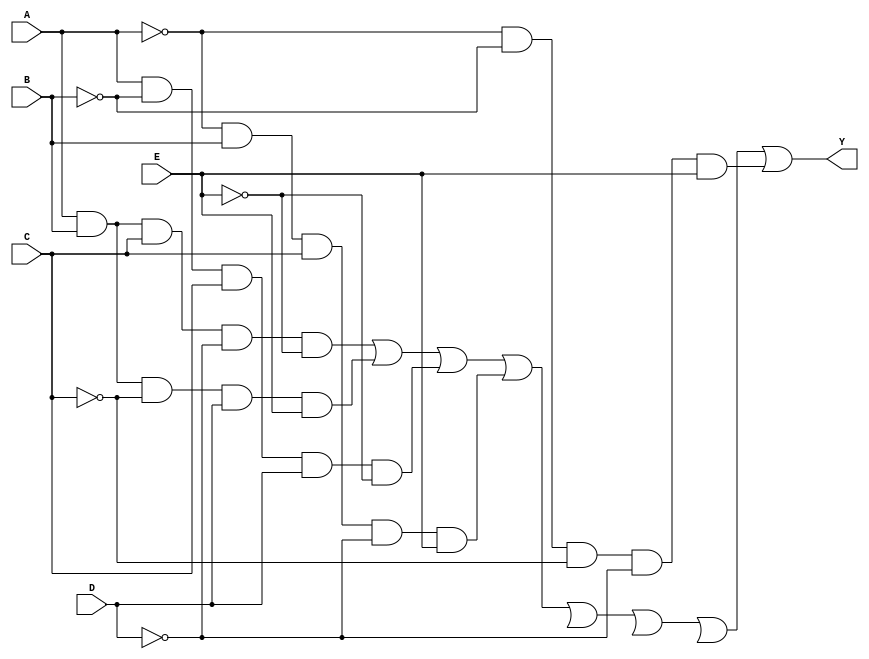
module five_variable_kmap(
    input wire A,
    input wire B,
    input wire C,
    input wire D,
    input wire E,
    output wire Y
);

// Define intermediate signals for the product terms
wire p1, p2, p3, p4, p5, p6, p7, p8;

// Example product terms based on theoretical minterms; replace with actual terms from your K-map
assign p1 = A & B & C & ~D & ~E;  // Minterm example; update these as necessary
assign p2 = A & B & ~C & D & E;
assign p3 = A & ~B & C & D & ~E;
assign p4 = ~A & B & C & ~D & E;
// ... (add all your required minterms here)
assign p8 = ~A & ~B & ~C & ~D & E;

// Combine all product terms into the output Y using OR gates
assign Y = p1 | p2 | p3 | p4 | p5 | p6 | p7 | p8;  // Ensure to include all relevant terms.

endmodule